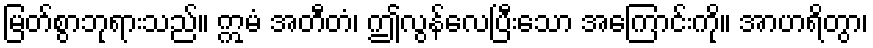
မြတ်စွာဘုရားသည်။ ဣမံ အတီတံ၊ ဤလွန်လေပြီးသော အကြောင်းကို။ အာဟရိတွာ၊